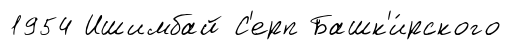
1954 Ишимбай С'ерп Башк'и́рского